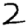
Digit: 2